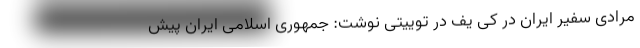
مرادی سفیر ایران در کی یف در توییتی نوشت: جمهوری اسلامی ایران پیش